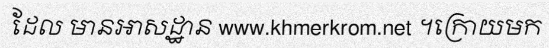
ដែល មានអាសដ្ឋាន www.khmerkrom.net ។ក្រោយមក